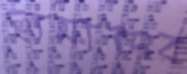
ছামাদের